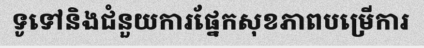
ទូទៅនិងជំនួយការផ្នែកសុខភាពបម្រើការ